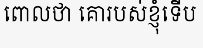
ពោលថា គោរបស់ខ្ញុំទើប